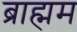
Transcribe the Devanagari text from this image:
ब्राह्मम